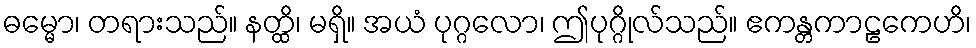
ဓမ္မော၊ တရားသည်။ နတ္ထိ၊ မရှိ။ အယံ ပုဂ္ဂလော၊ ဤပုဂ္ဂိုလ်သည်။ ဧကန္တကာဠကေဟိ၊